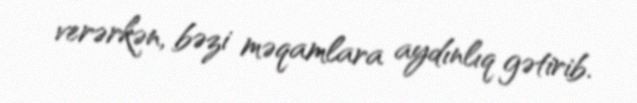
verərkən, bəzi məqamlara aydınlıq gətirib.